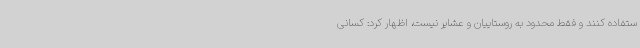
ستفاده کنند و فقط محدود به روستاییان و عشایر نیست، اظهار کرد: کسانی